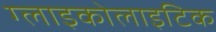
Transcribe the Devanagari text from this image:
ग्लाइकोलाइटिक